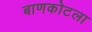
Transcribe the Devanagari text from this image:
बाणकोटला